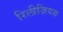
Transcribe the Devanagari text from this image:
रिलीज़ियस